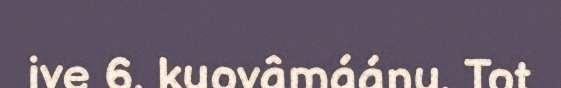
ive 6. kuovâmáánu. Tot